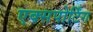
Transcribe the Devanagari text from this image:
एक्सपोर्टिंग